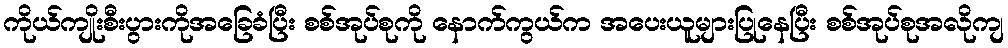
ကိုယ်ကျိုးစီးပွားကိုအခြေခံပြီး စစ်အုပ်စုကို နောက်ကွယ်က အပေးယူများပြုနေပြီး စစ်အုပ်စုအလိုကျ